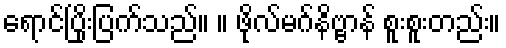
ရောင်ပြိုးပြက်သည်။ ။ ဖိုလ်မဂ်နိဗ္ဗာန် စူးစူးတည်း။